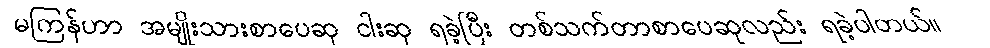
မကြန်ဟာ အမျိုးသားစာပေဆု ငါးဆု ရခဲ့ပြီး တစ်သက်တာစာပေဆုလည်း ရခဲ့ပါတယ်။